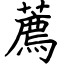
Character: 薦